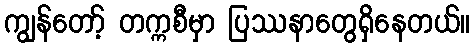
ကျွန်တော့် တက္ကစီမှာ ပြဿနာတွေရှိနေတယ်။